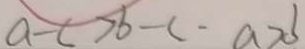
a - c > b - c - a > b